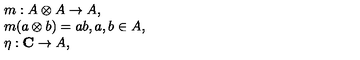
\begin{array} { r c l } { } & { } & { m : A \otimes A \to A , } \\ { } & { } & { m ( a \otimes b ) = a b , a , b \in A , } \\ { } & { } & { \eta : { \bf C } \to A , } \\ \end{array}